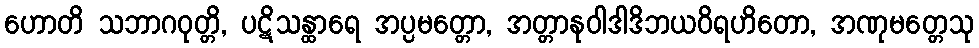
ဟောတိ သဘာဂဝုတ္တိ, ပဋိသန္ထာရေ အပ္ပမတ္တော, အတ္တာနုဝါဒါဒိဘယဝိရဟိတော, အဏုမတ္တေသု